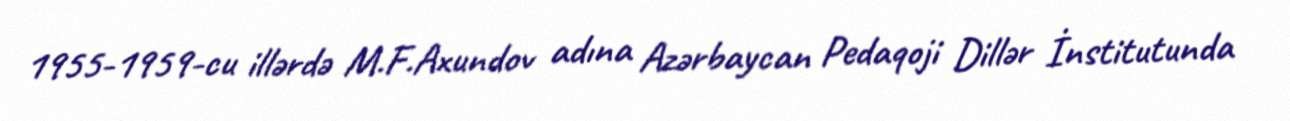
1955-1959-cu illərdə M.F.Axundov adına Azərbaycan Pedaqoji Dillər İnstitutunda